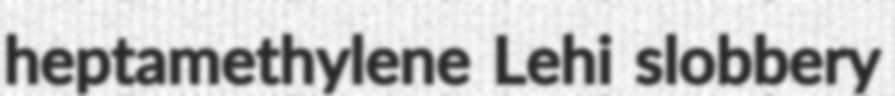
heptamethylene Lehi slobbery